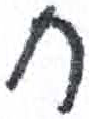
אות: ח